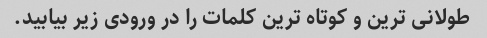
طولانی ترین و کوتاه ترین کلمات را در ورودی زیر بیابید.